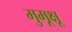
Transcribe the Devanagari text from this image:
मुमूक्षू